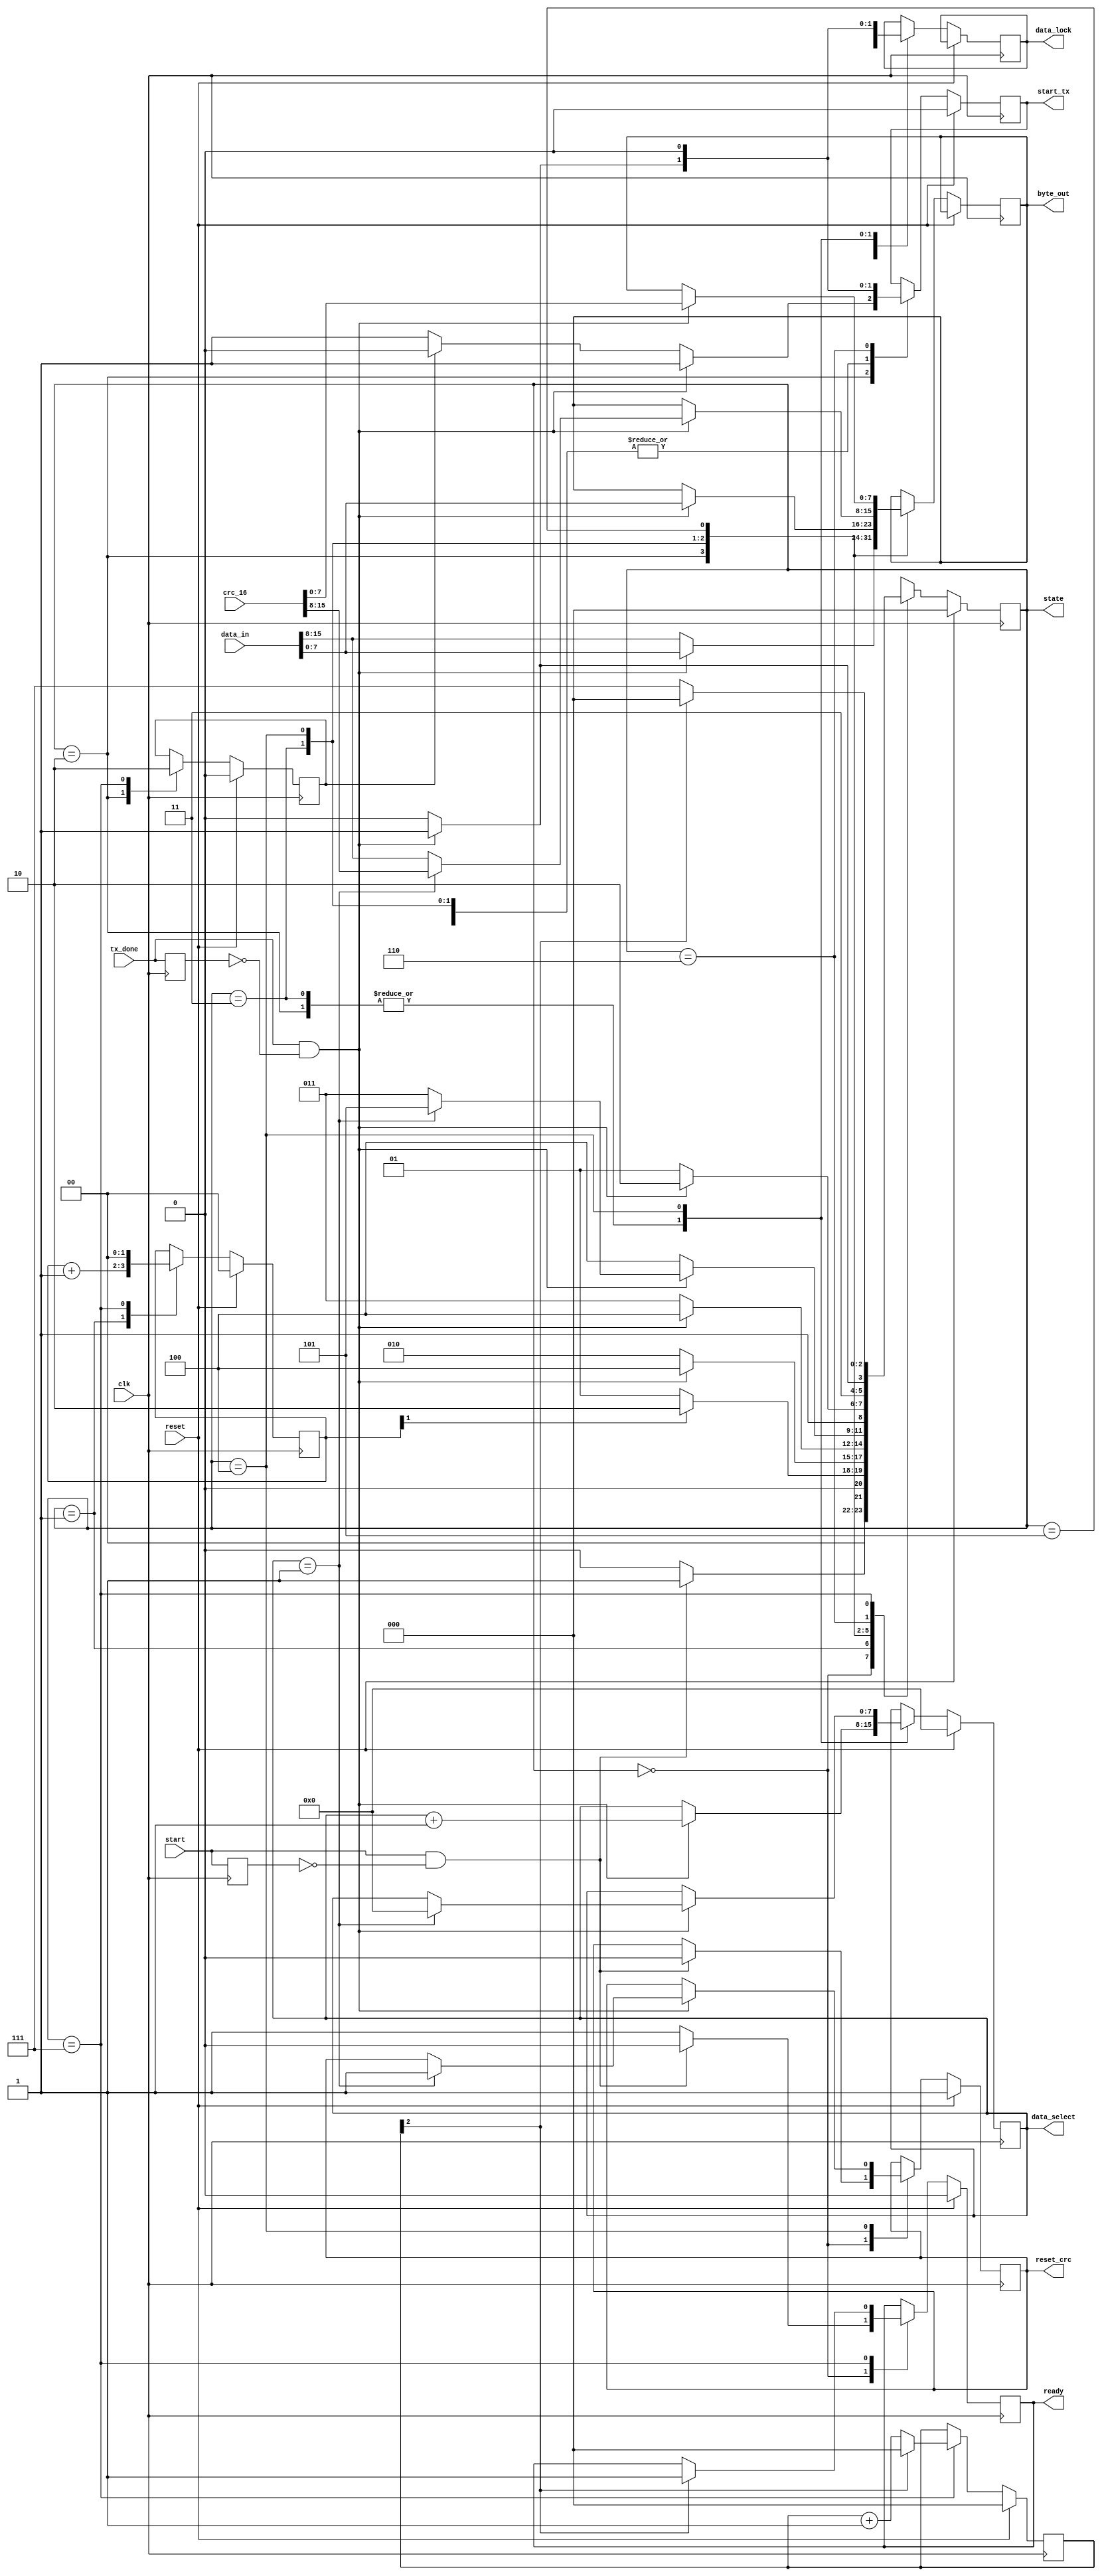
module serial_tx_ctrl (clk, data_in, start, tx_done, crc_16, reset,
						byte_out, reset_crc, start_tx, ready, data_select, data_lock, state);

input        clk, start, tx_done, reset;
input [15:0] data_in, crc_16;

output reg [7:0] byte_out, data_select;
output reg       start_tx, ready, data_lock, reset_crc;
output reg [2:0] state;

 parameter [7:0] n_word = 8'h01;
//localparam [7:0] select_cnt = n_word - 8'h01;

localparam [2:0] IDLE      = 3'b000;
localparam [2:0] LCK_DATA = 3'b001;
localparam [2:0] FST_BYTE  = 3'b010;
localparam [2:0] SD_HI     = 3'b011;
localparam [2:0] SD_LO     = 3'b100;
localparam [2:0] SD_CRC_HI = 3'b101;
localparam [2:0] SD_CRC_LO = 3'b110;
localparam [2:0] DELAY     = 3'b111;

//reg [2:0]  state     =  3'b000;
reg [2:0]  delay_cnt =  3'b000;

reg pre_strb_0 = 1'b0;
reg pre_strb_1 = 1'b0;
reg fst_flg    = 1'b0;
reg [1:0] lck_flg    = 2'b00;

always @(posedge clk) begin
	pre_strb_0 <= start;
	pre_strb_1 <= tx_done;
	
	if(reset) begin
		state <= IDLE;
		reset_crc <= 1'b1;
		data_select <= 8'h00;
		delay_cnt <= 3'b000;
		ready <= 1'b0;
		start_tx <= 1'b0;
		fst_flg <= 1'b0;
		lck_flg <= 2'b00;
	end
	else begin	
		case(state)
			IDLE: begin
				if(start && !pre_strb_0) begin
					ready <= 1'b0;
					data_lock <= 1'b1;
					reset_crc <= 1'b0;
					state <= LCK_DATA;
				end
				else begin
					ready <= 1'b1;
					data_lock <= 1'b0;
					state <= IDLE;
				end
			end
			LCK_DATA: begin
				
				if(lck_flg[1])
					state <= FST_BYTE;
				else
					state <= LCK_DATA;
				lck_flg <= lck_flg + 2'b01;
			end
			FST_BYTE: begin
				byte_out <= data_in[15:8];
				fst_flg <= 1'b1;
				if(fst_flg)
					start_tx <= 1'b0;
				else
					start_tx <= 1'b1;

				if(tx_done && !pre_strb_1) begin
					data_select <= data_select + 8'h01;
					data_lock <= 1'b1;
					byte_out <= data_in[7:0];
					start_tx <= 1'b1;
					state <= SD_LO;
				end
				else begin
					data_lock <= 1'b0;
					state <= FST_BYTE;
				end
			end
				
			SD_HI: begin			
				if(tx_done && !pre_strb_1) begin
					data_select <= data_select + 8'h01;
					data_lock <= 1'b1;
					byte_out <= data_in[7:0];
					start_tx <= 1'b1;
					state <= SD_LO;
				end
				else begin
					start_tx <= 1'b0;
					data_lock <= 1'b0;
					state <= SD_HI;
				end
			end
			SD_LO: begin	
				data_lock <= 1'b0;
			
				if(tx_done && !pre_strb_1) begin	
					start_tx <= 1'b1;
					if(data_select == n_word) begin
						data_select <= 8'h00;
						byte_out <= crc_16[15:8];
						reset_crc <= 1'b1;
						state <= SD_CRC_HI;
					end
					else begin	
						byte_out <= data_in[15:8];
						state <= SD_HI;
					end
				end
				else begin
					start_tx <= 1'b0;
					state <= SD_LO;
				end
			end
			SD_CRC_HI: begin
				start_tx <= 1'b0;
				
				if(tx_done && !pre_strb_1) begin
					start_tx <= 1'b1;
					byte_out <= crc_16[7:0];
					state <= SD_CRC_LO;
				end
				else begin
					state <= SD_CRC_HI;
				end
			end
			SD_CRC_LO: begin
				start_tx <= 1'b0;
				if(tx_done && !pre_strb_1) begin
					state <= DELAY;
				end
				else begin
					state <= SD_CRC_LO;
				end
			end
			DELAY: begin
				fst_flg <= 1'b0;
				lck_flg <= 2'b00;
				if(delay_cnt[2]) begin
					delay_cnt <= 3'b000;
					state <= IDLE;
					ready <= 1'b1;
				end
				else begin
					delay_cnt <= delay_cnt + 3'b001;
					state <= DELAY;
				end
			end
			default: begin
				state <= IDLE;
			end	
		endcase
	end
end
endmodule